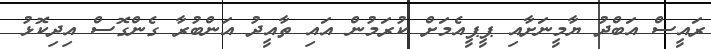
ރައީސް އަބްދު ޔާމީނަށާއި ޕީޕީއެމަށް ކުރަމުން އައި ތާއީދު އަންބުރާ ގެންގޮސް އިދިކޮޅު